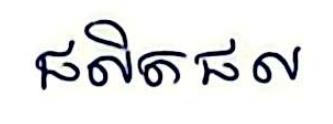
ផលិតផល